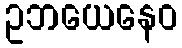
ဥဘယေနေဝ